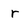
Character: r